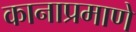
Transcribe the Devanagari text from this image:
कानाप्रमाणे